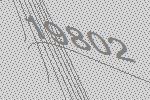
19802